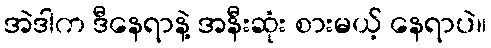
အဲဒါက ဒီနေရာနဲ့ အနီးဆုံး စားမယ့် နေရာပဲ။